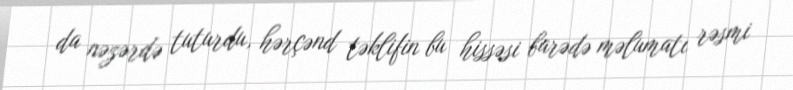
da nəzərdə tuturdu, hərçənd təklifin bu hissəsi barədə məlumatı rəsmi